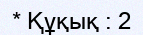
* Құқық : 2